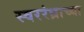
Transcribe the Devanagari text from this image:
स्वररंध्राच्या